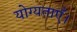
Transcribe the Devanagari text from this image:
योग्यताएँ।